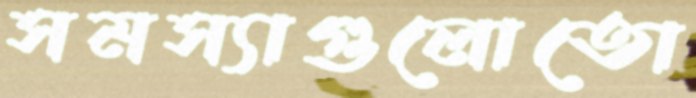
সমস্যাগুলোতো